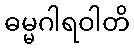
ဓမ္မဂါရဝါတိ